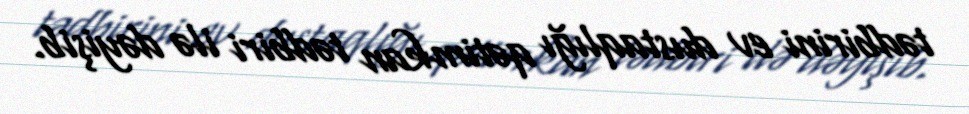
tədbirini ev dustaqlığı qətimkan tədbiri ilə dəyişib.